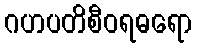
ဂဟပတိစီဝရဓရော